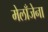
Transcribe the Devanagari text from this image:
मेलाँजेना